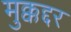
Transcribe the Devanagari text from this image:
मुक्कद्दर